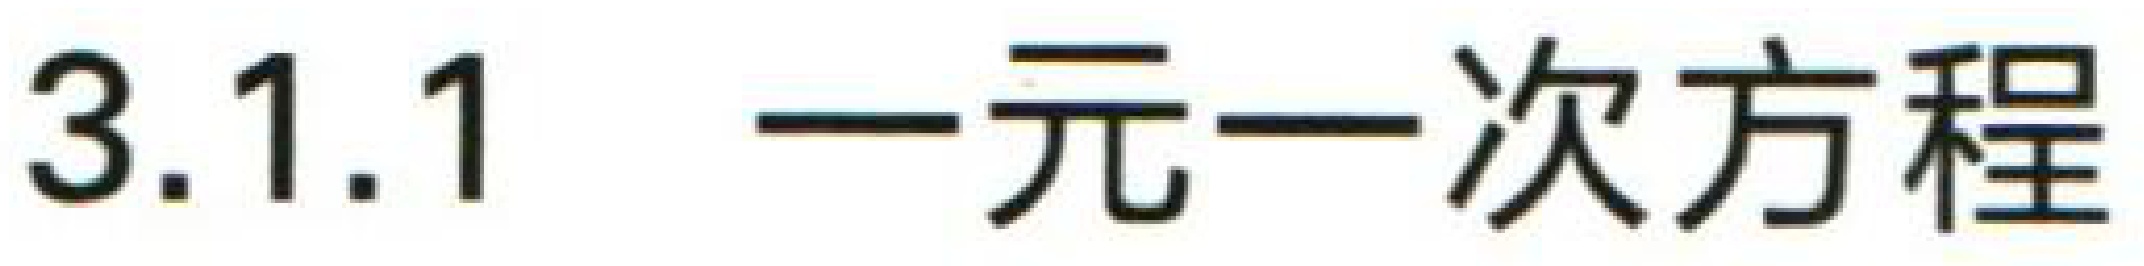
3.1.1 一元一次方程